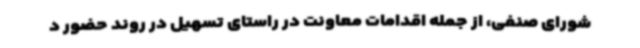
شورای صنفی، از جمله اقدامات معاونت در راستای تسهیل در روند حضور د